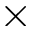
\times